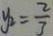
y _ { 2 } = \frac { 2 } { 7 }